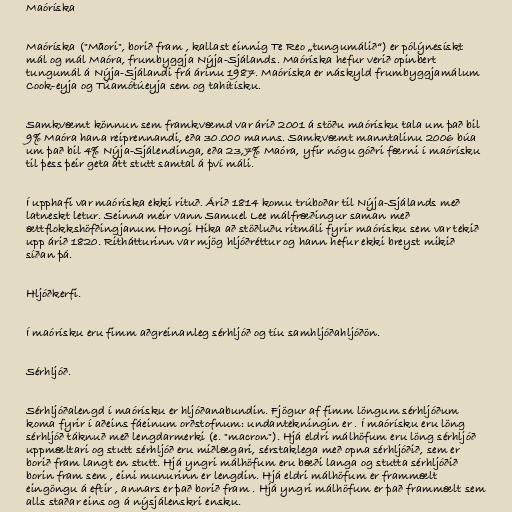
Maóríska

Maóríska ("Māori", borið fram , kallast einnig Te Reo „tungumálið“) er pólýnesískt
mál og mál Maóra, frumbyggja Nýja-Sjálands. Maóríska hefur verið opinbert
tungumál á Nýja-Sjálandi frá árinu 1987. Maóríska er náskyld frumbyggjamálum
Cook-eyja og Túamótúeyja sem og tahítísku.

Samkvæmt könnun sem framkvæmd var árið 2001 á stöðu maórísku tala um það bil
9% Maóra hana reiprennandi, eða 30.000 manns. Samkvæmt manntalinu 2006 búa
um það bil 4% Nýja-Sjálendinga, eða 23,7% Maóra, yfir nógu góðri færni í maórísku
til þess þeir geta átt stutt samtal á því máli.

Í upphafi var maóríska ekki rituð. Árið 1814 komu trúboðar til Nýja-Sjálands með
latneskt letur. Seinna meir vann Samuel Lee málfræðingur saman með
ættflokkshöfðingjanum Hongi Hika að stöðluðu ritmáli fyrir maórísku sem var tekið
upp árið 1820. Rithátturinn var mjög hljóðréttur og hann hefur ekki breyst mikið
síðan þá.

Hljóðkerfi.

Í maórísku eru fimm aðgreinanleg sérhljóð og tíu samhljóðahljóðön.

Sérhljóð.

Sérhljóðalengd í maórísku er hljóðanabundin. Fjögur af fimm löngum sérhljóðum
koma fyrir í aðeins fáeinum orðstofnum: undantekningin er . Í maórísku eru löng
sérhljóð táknuð með lengdarmerki (e. "macron"). Hjá eldri málhöfum eru löng sérhljóð
uppmæltari og stutt sérhljóð eru miðlægari, sérstaklega með opna sérhljóðið, sem er
borið fram langt en stutt. Hjá yngri málhöfum eru bæði langa og stutta sérhljóðið
borin fram sem , eini munurinn er lengdin. Hjá eldri málhöfum er frammælt
eingöngu á eftir , annars er það borið fram . Hjá yngri málhöfum er það frammælt sem
alls staðar eins og á nýsjálenskri ensku.